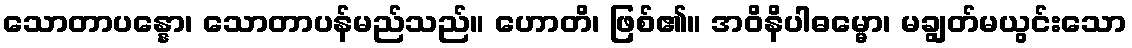
သောတာပန္နော၊ သောတာပန်မည်သည်။ ဟောတိ၊ ဖြစ်၏။ အဝိနိပါဓမ္မော၊ မချွတ်မယွင်းသော